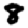
Digit: 8